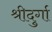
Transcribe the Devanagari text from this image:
श्रीदुर्गा